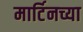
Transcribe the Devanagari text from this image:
मार्टिनच्या